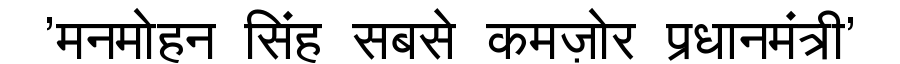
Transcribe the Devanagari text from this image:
'मनमोहन सिंह सबसे कमज़ोर प्रधानमंत्री'